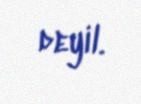
deyil.